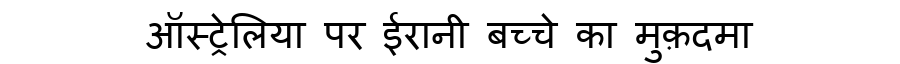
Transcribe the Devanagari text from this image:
ऑस्ट्रेलिया पर ईरानी बच्चे का मुक़दमा